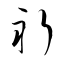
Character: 祈